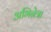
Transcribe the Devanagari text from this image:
अभिनेत्रा